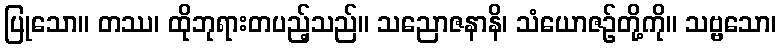
ပြုသော။ တဿ၊ ထိုဘုရားတပည့်သည်။ သညောဇနာနိ၊ သံယောဇဉ်တို့ကို။ သဗ္ဗသော၊